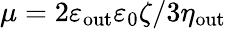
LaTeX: \mu=2\varepsilon_{\mathrm{out}}\varepsilon_{0}\zeta/3\eta_{\mathrm{out}}